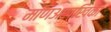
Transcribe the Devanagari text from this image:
मणिअख्खिका